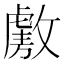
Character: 𫿑